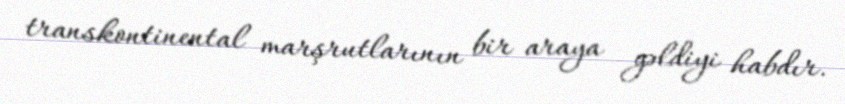
transkontinental marşrutlarının bir araya gəldiyi habdır.